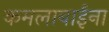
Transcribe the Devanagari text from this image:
कमलाबाईंना